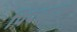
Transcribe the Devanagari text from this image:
पिपळाज